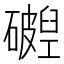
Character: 𬒧